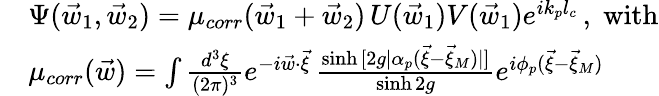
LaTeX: \begin{array}{rl}&{\Psi(\vec{w}_{1},\vec{w}_{2})=\mu_{corr}(\vec{w}_{1}+\vec{w}_{2})\, U(\vec{w}_{1})V(\vec{w}_{1})e^{ik_{p}l_{c}}\, ,\; \mathrm{with}}\\ &{\mu_{corr}(\vec{w})=\int\frac{d^{3}\xi}{(2\pi)^{3}}e^{-i\vec{w}\cdot\vec{\xi}}\, \frac{\sinh{[2g|{\alpha}_{p}(\vec{\xi}-\vec{\xi}_{M})|]}}{\sinh{2g}}e^{i\phi_{p}(\vec{\xi}-\vec{\xi}_{M})}}\end{array}